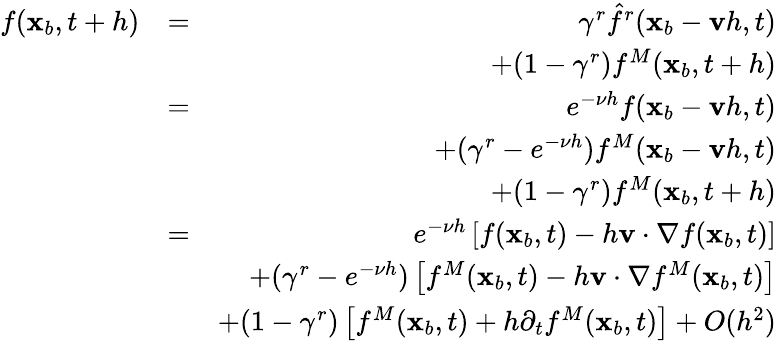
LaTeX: \begin{array}{rlr}{f(\mathbf x_{b},t+h)}&{=}&{\gamma^{r}\hat{f}^{r}(\mathbf x_{b}-\mathbf vh,t)}\\ &{}&{+(1-\gamma^{r})f^{M}(\mathbf x_{b},t+h)}\\ &{=}&{e^{-\nu h}f(\mathbf x_{b}-\mathbf vh,t)}\\ &{}&{+(\gamma^{r}-e^{-\nu h})f^{M}(\mathbf x_{b}-\mathbf vh,t)}\\ &{}&{+(1-\gamma^{r})f^{M}(\mathbf x_{b},t+h)}\\ &{=}&{e^{-\nu h}\left[f(\mathbf x_{b},t)-h\mathbf v\cdot\nabla f(\mathbf x_{b},t)\right]}\\ &{}&{+(\gamma^{r}-e^{-\nu h})\left[f^{M}(\mathbf x_{b},t)-h\mathbf v\cdot\nabla f^{M}(\mathbf x_{b},t)\right]}\\ &{}&{+(1-\gamma^{r})\left[f^{M}(\mathbf x_{b},t)+h\partial_{t}f^{M}(\mathbf x_{b},t)\right]+O(h^{2})}\end{array}